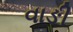
વાઙી